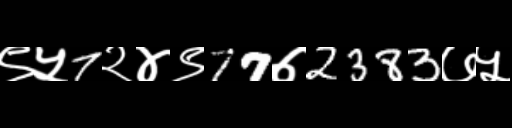
Text: ९५7२४९77७2383७५